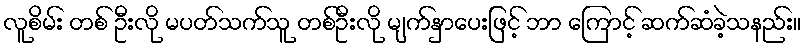
လူစိမ်း တစ် ဦးလို မပတ်သက်သူ တစ်ဦးလို မျက်နှာပေးဖြင့် ဘာ ကြောင့် ဆက်ဆံခဲ့သနည်း။